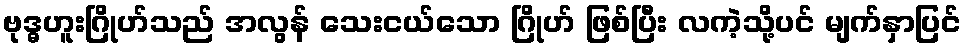
ဗုဒ္ဓဟူးဂြိုဟ်သည် အလွန် သေးငယ်သော ဂြိုဟ် ဖြစ်ပြီး လကဲ့သို့ပင် မျက်နှာပြင်